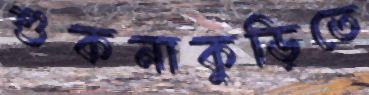
শুকনাকুড়িতে